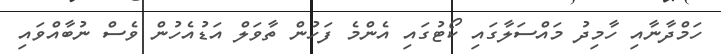
ހަމްދާނާއި ހާމިދު މައްސަލާގައި ކޯޓުގައި އެންމެ ފަހުން ތާވަލް އަޑުއެހުން ވެސް ނުބާއްވައި